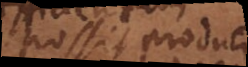
possit produci,